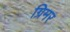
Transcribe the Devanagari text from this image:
ग्रिमर